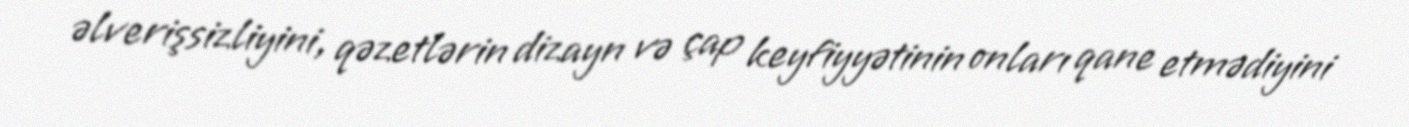
əlverişsizliyini, qəzetlərin dizayn və çap keyfiyyətinin onları qane etmədiyini